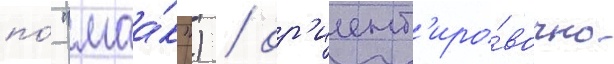
по́ "маа́к") / ор'иент'иро́вочно